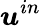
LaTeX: \boldsymbol{u}^{in}